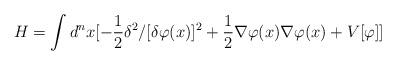
LaTeX: \begin{align*}H= \int d^n x [ -{1 \over 2} \delta^2/[\delta \varphi(x)]^2+ {1 \over 2}\nabla\varphi(x) \nabla \varphi(x) + V[\varphi] ]\end{align*}